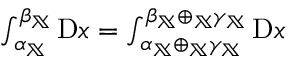
\begin{array} { r } { \int _ { \alpha _ { \mathbb { X } } } ^ { \beta _ { \mathbb { X } } } \mathrm { D } x = \int _ { \alpha _ { \mathbb { X } } \oplus _ { \mathbb { X } } \gamma _ { \mathbb { X } } } ^ { \beta _ { \mathbb { X } } \oplus _ { \mathbb { X } } \gamma _ { \mathbb { X } } } \mathrm { D } x } \end{array}